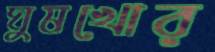
ঘুষখোর